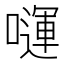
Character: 𭋗